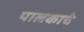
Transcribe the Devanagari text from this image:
पालकाचे